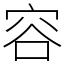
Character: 容